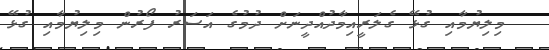
މިލިޔުމާއި ގުޅޭ ގެލަރީއިމާދުއްދީނަށް ދުމުގެ އަސަރު ފޯރުން މިލިޔުމާއި ގުޅޭ